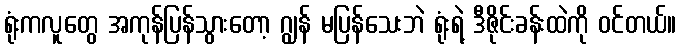
ရုံးကလူတွေ အကုန်ပြန်သွားတော့ ဂျွန် မပြန်သေးဘဲ ရုံးရဲ့ ဒီဇိုင်းခန်းထဲကို ဝင်တယ်။